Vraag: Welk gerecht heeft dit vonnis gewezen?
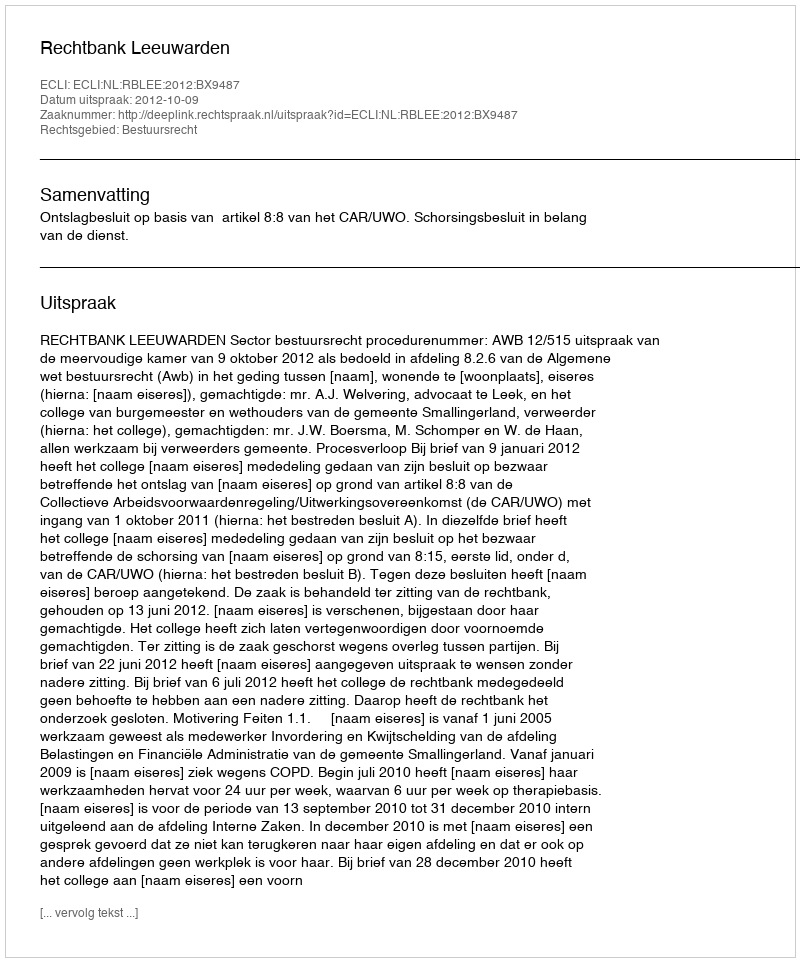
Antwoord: Rechtbank Leeuwarden